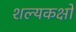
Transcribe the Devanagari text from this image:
शल्यकक्षों